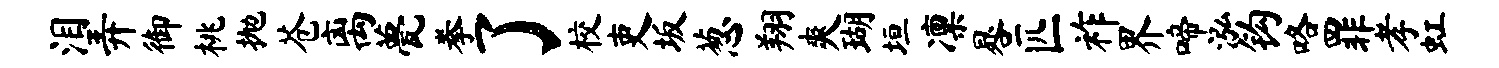
泪弄御桃抛苍离甍拳了校吏坂葱翔爽瑚垣凛晷匹祚界啼泓钩咯罪孝虹